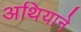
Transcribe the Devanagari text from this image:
अथियाने